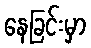
နေခြင်းမှာ